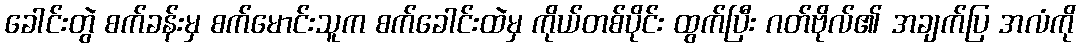
ခေါင်းတွဲ စက်ခန်းမှ စက်မောင်းသူက စက်ခေါင်းထဲမှ ကိုယ်တစ်ပိုင်း ထွက်ပြီး ဂတ်ဗိုလ်၏ အချက်ပြ အလံကို